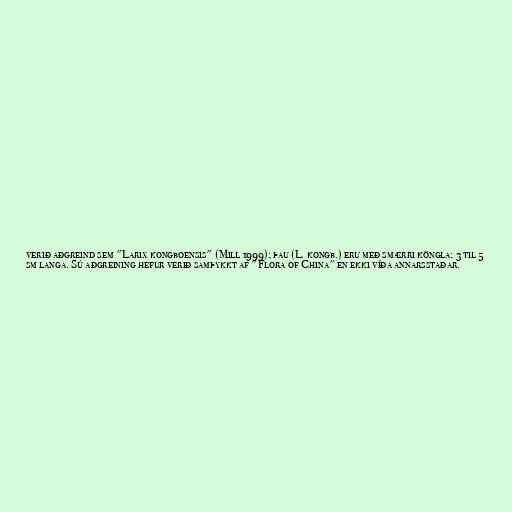
verið aðgreind sem "Larix kongboensis" (Mill 1999); þau (L. kongb.) eru með smærri köngla; 3 til 5
sm langa. Sú aðgreining hefur verið samþykkt af "Flora of China" en ekki víða annarsstaðar.